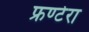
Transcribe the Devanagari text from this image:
फ्रण्टेरा